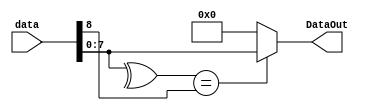
//Parity Bit checker that checks if the data with a given parity bit matches its parity bit
module Eight_Bit_Parity_Checker(
	input [8:0]data, //9 bits with the data[8](the MSB) being the parity bit
	output [7:0]DataOut //outputs the 8-bits if parity matches
);
	assign DataOut = (^data[7:0] == data[8])?data:8'd0;
	
endmodule